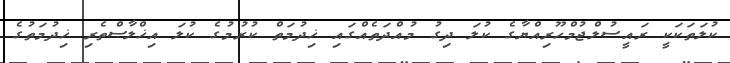
ކުލަތަކަކީ ރައީސުލްޖުމްހޫރިއްޔާގެ ކުލަ ދިގު މުއްދަތެއްގައި ޚިދުމަތް ކުރުމުގެ ކުލަ އިޚްލާޞްތެރި ޚިދުމަތުގެ